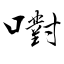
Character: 嚉